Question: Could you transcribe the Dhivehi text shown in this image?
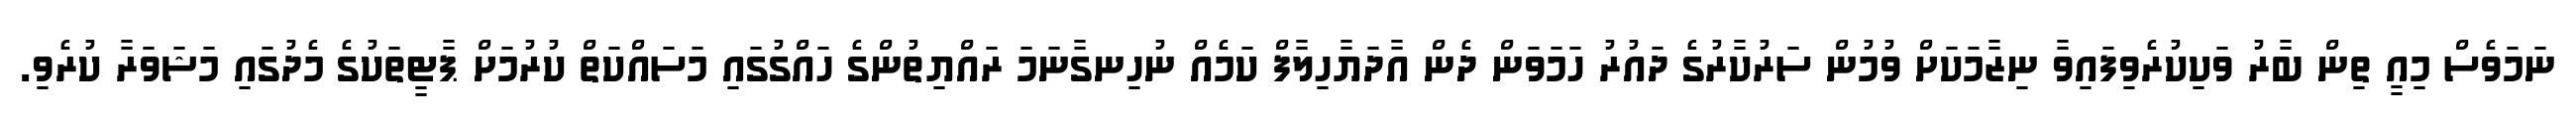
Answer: ނަމަވެސް މިއީ ތިން ބާރު ވަކިކުރެވިފައިވާ ނިޒާމަކަށް ވުމުން ސަރުކާރުގެ ދައުރު ހަމަވަން ދެން އާދަޔާހިލާފް ކަމެއް ނުހިނގާނަމަ ރައްޔިތުންގެ ހައްގުގައި މަސައްކަތް ކުރުމަށް ޕާޓީތަކުގެ މެދުގައި މަޝަވަރާ ކުރެވި.